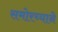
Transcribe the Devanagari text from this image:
समोरच्याने